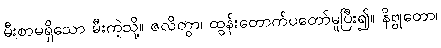
မီးစာမရှိသော မီးကဲ့သို့။ ဇလိတွာ၊ ထွန်းတောက်ပတော်မူပြီး၍။ နိဗ္ဗုတော၊